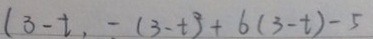
( 3 - t , - ( 3 - t ) ^ { 2 } + 6 ( 3 - t ) - 5